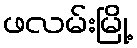
ဖလမ်းမြို့